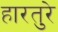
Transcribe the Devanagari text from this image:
हारतुरे